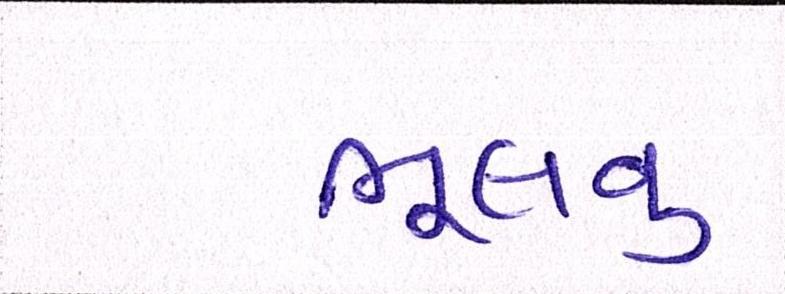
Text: ભૂલવુ